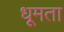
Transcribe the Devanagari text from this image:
धूमता